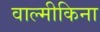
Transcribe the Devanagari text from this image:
वाल्मीकिना